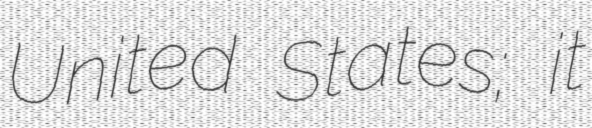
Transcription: United States; it